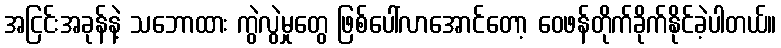
အငြင်းအခုန်နဲ့ သဘောထား ကွဲလွဲမှုတွေ ဖြစ်ပေါ်လာအောင်တော့ ဝေဖန်တိုက်ခိုက်နိုင်ခဲ့ပါတယ်။